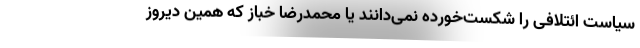
سیاست ائتلافی را شکست‌خورده نمی‌دانند یا محمدرضا خباز که همین دیروز